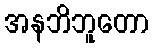
အနဘိဘူတော